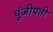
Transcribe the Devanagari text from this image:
पूंजीपती